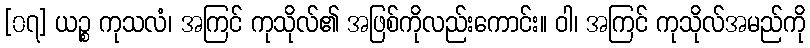
[၀၇] ယဉ္စ ကုသလံ၊ အကြင် ကုသိုလ်၏ အဖြစ်ကိုလည်းကောင်း။ ဝါ၊ အကြင် ကုသိုလ်အမည်ကို